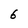
Character: 6